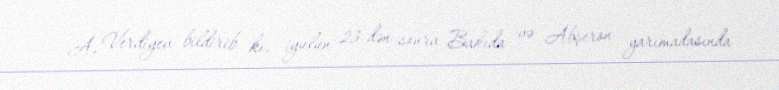
A. Verdiyev bildirib ki, iyulun 23-dən sonra Bakıda və Abşeron yarımadasında